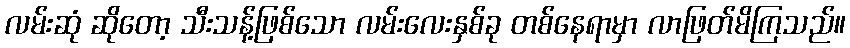
လမ်းဆုံ ဆိုတော့ သီးသန့်ဖြစ်သော လမ်းလေးနှစ်ခု တစ်နေရာမှာ လာဖြတ်မိကြသည်။